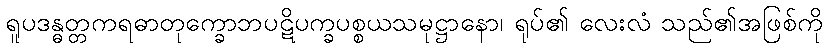
ရူပဒန္ဓတ္တကရဓာတုက္ခောဘပဋိပက္ခပစ္စယသမုဋ္ဌာနော၊ ရုပ်၏ လေးလံ သည်၏အဖြစ်ကို